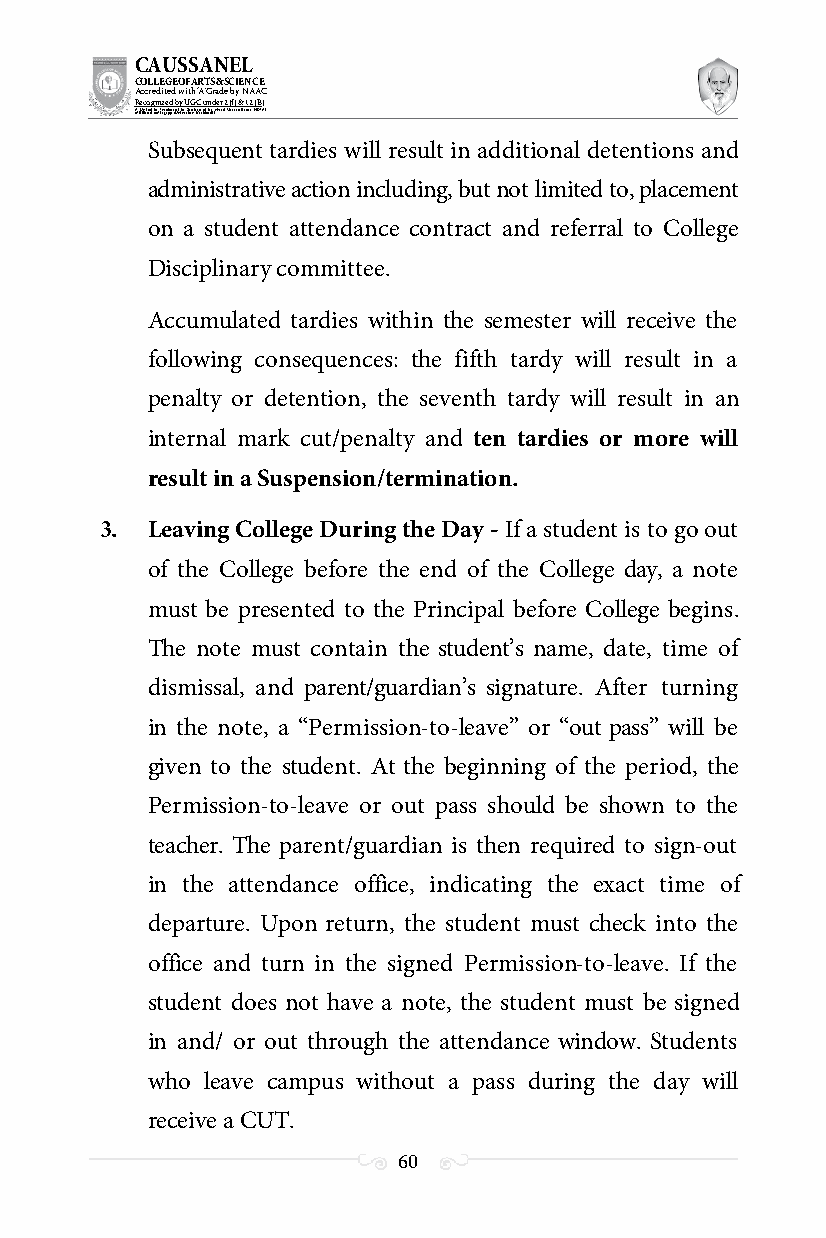
CAUSSANEL
 COLLEGE OF ARTS & SCIENCE
 Accredited with ‘A’ Grade by NAAC
 Recognized by UGC under 2 (f) & 12 (B)
 ((AA fUfilniaitt eodf ttoh eA Ilnasgtaitpuptae oUfn tihvee rBsirtoy,t hKerasr aoifk uthdei )S acred Heart of Jesus, INDIA)
 Subsequent tardies will result in additional detentions and
 administrative action including, but not limited to, placement
 on a student attendance contract and referral to College
 Disciplinary committee.
 Accumulated tardies within the semester will receive the
 following consequences: the fifth tardy will result in a
 penalty or detention, the seventh tardy will result in an
 internal mark cut/penalty and ten tardies or more will
 result in a Suspension/termination.
 3. Leaving College During the Day - If a student is to go out
 of the College before the end of the College day, a note
 must be presented to the Principal before College begins.
 The note must contain the student’s name, date, time of
 dismissal, and parent/guardian’s signature. After turning
 in the note, a “Permission-to-leave” or “out pass” will be
 given to the student. At the beginning of the period, the
 Permission-to-leave or out pass should be shown to the
 teacher. The parent/guardian is then required to sign-out
 in the attendance office, indicating the exact time of
 departure. Upon return, the student must check into the
 office and turn in the signed Permission-to-leave. If the
 student does not have a note, the student must be signed
 in and/ or out through the attendance window. Students
 who leave campus without a pass during the day will
 receive a CUT.
 60